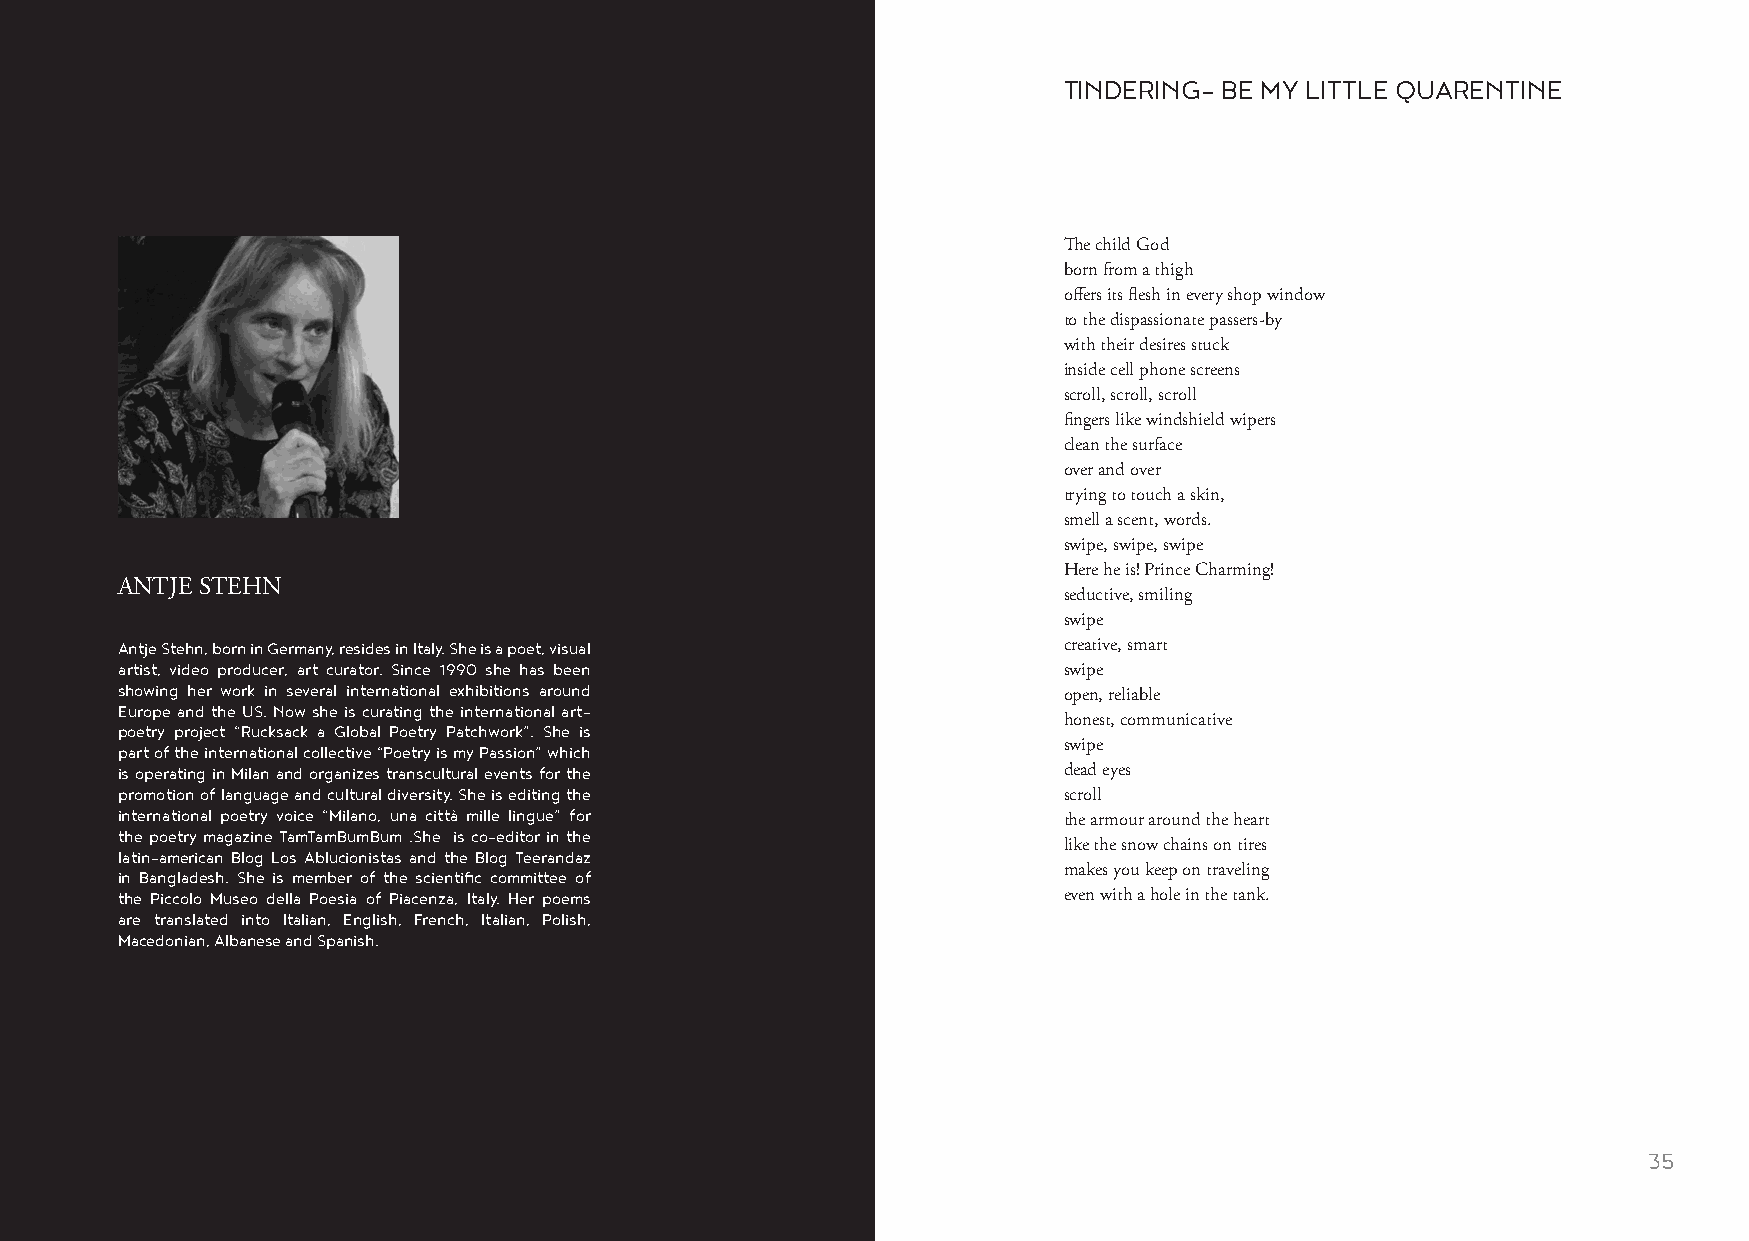
TINDERING- BE MY LITTLE QUARENTINE
 The child God
 born from a thigh
 offers its flesh in every shop window
 to the dispassionate passers-by
 with their desires stuck
 inside cell phone screens
 scroll, scroll, scroll
 fingers like windshield wipers
 clean the surface
 over and over
 trying to touch a skin,
 smell a scent, words.
 swipe, swipe, swipe
 Here he is! Prince Charming!
 ANTJE STEHN
 seductive, smiling
 swipe
 Antje Stehn, born in Germany, resides in Italy. She is a poet, visual creative, smart
 artist, video producer, art curator. Since 1990 she has been  swipe
 showing her work in several international exhibitions around
 open, reliable
 Europe and the US. Now she is curating the international art-
 honest, communicative
 poetry project “Rucksack a Global Poetry Patchwork”. She is
 part of the international collective “Poetry is my Passion” which swipe
 is operating in Milan and organizes transcultural events for the dead eyes
 promotion of language and cultural diversity. She is editing the scroll
 international poetry voice “Milano, una città mille lingue” for
 the armour around the heart
 the poetry magazine TamTamBumBum .She is co-editor in the
 like the snow chains on tires
 latin-american Blog Los Ablucionistas and the Blog Teerandaz
 in Bangladesh. She is member of the scientific committee of   makes you keep on traveling
 the Piccolo Museo della Poesia of Piacenza, Italy. Her poems  even with a hole in the tank.
 are translated into Italian, English, French, Italian, Polish,
 Macedonian, Albanese and Spanish.
 34                                                                                                      35